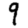
Digit: 9